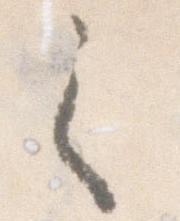
之